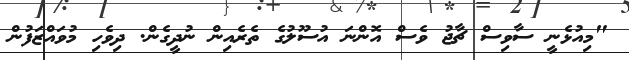
"މިއުޅެނީ ސާވިސް ޗާޖު ވެސް އޮންނަ އުސޫލުގެ ތެރެއިން ނުދީގެން. ދިވެހި މުވައްޒަފުން